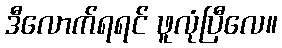
ဒီလောက်ရရင် ဖူလုံပြီလေ။